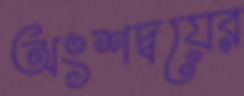
অংশদ্বয়ের